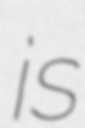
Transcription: is